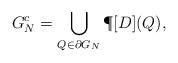
LaTeX: \begin{align*} G_N^c=\bigcup\limits_{Q\in\partial G_N} \P[D](Q),\end{align*}